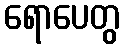
ရောပေတွ